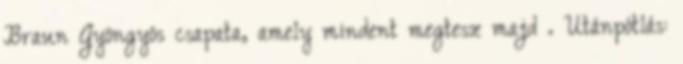
Braun Gyöngyös csapata, amely mindent megtesz majd . Utánpótlás: